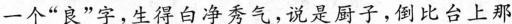
一个”良”字，生得白净秀气，说是厨子，倒比台上那